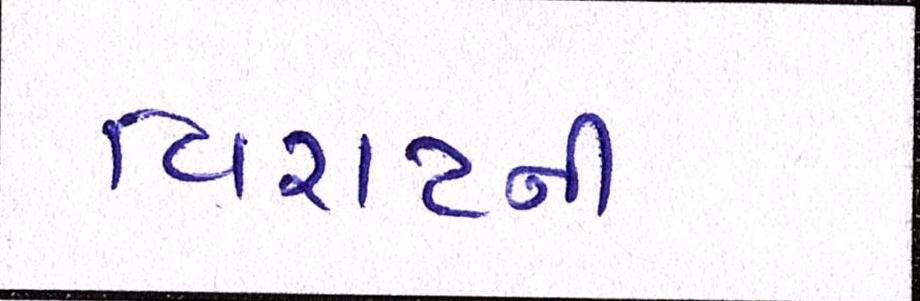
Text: વિરાટની